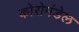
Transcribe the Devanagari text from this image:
कोरोमंडेल